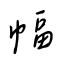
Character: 幅